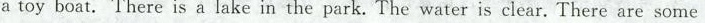
a toy boat. There is a lake in the park. The water is clear.There are some